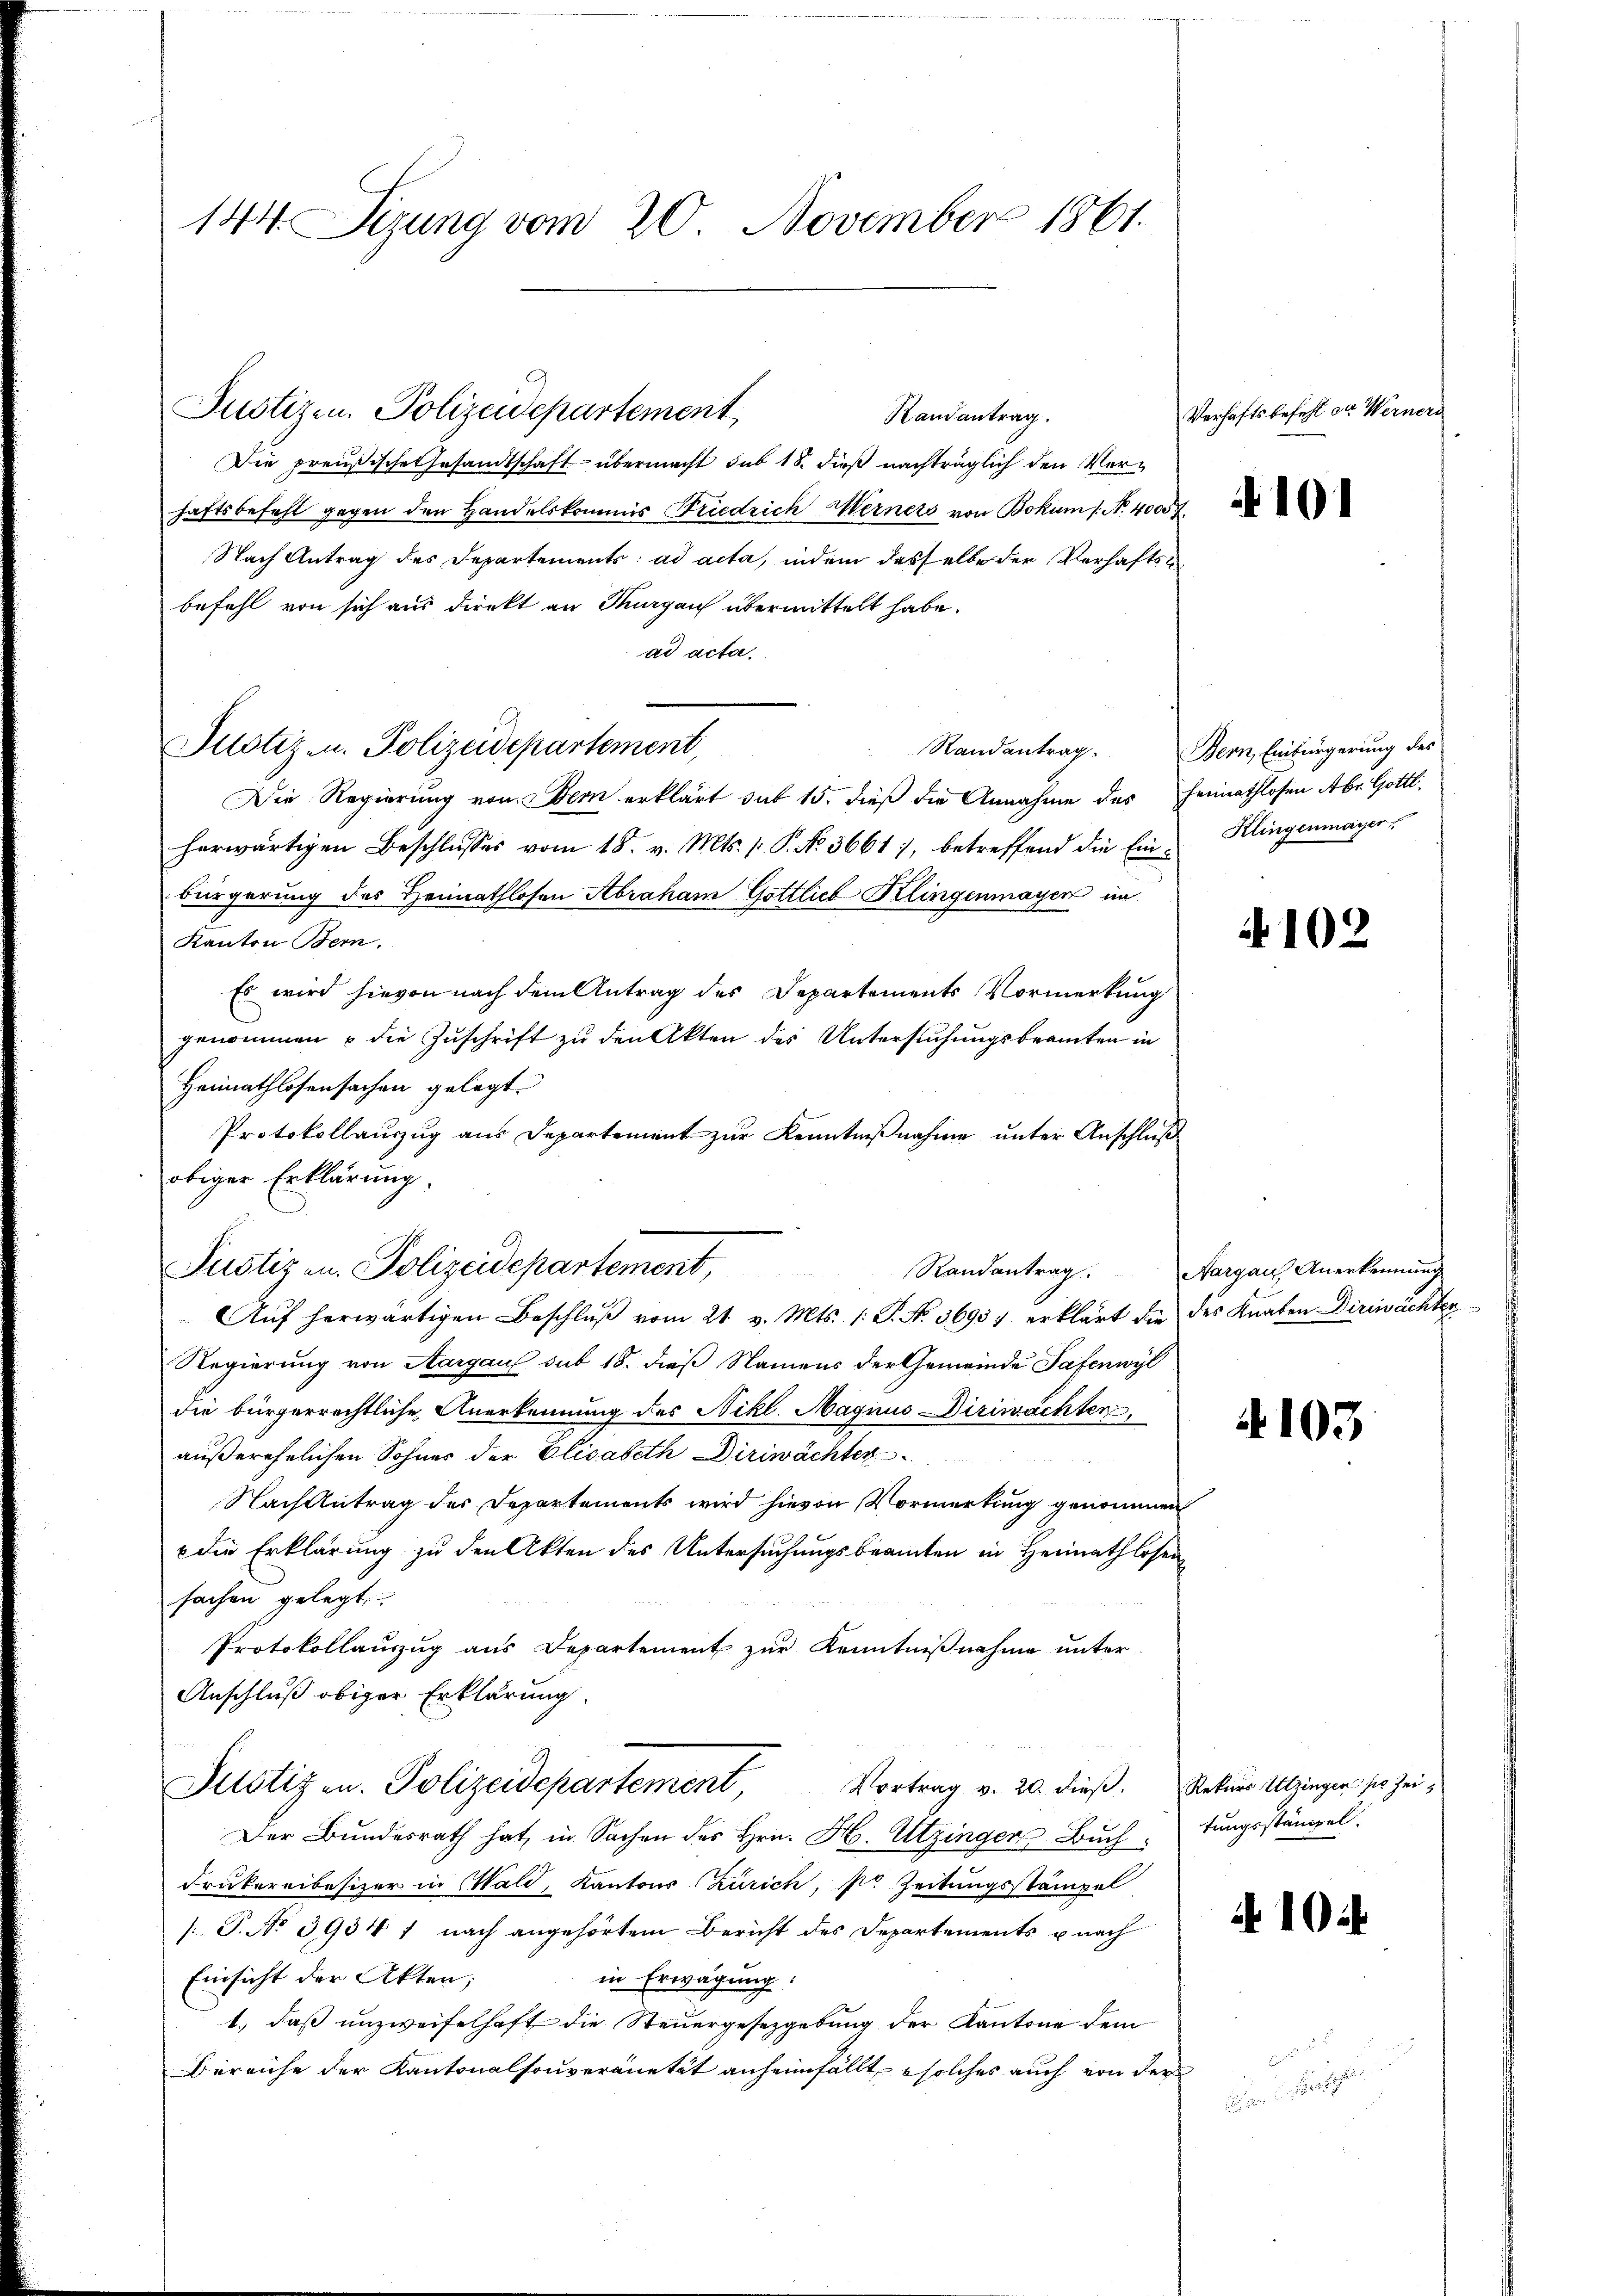
144. Setzung vom 20. November 1861.

Randantrag.
Die preußische Gesandtschaft übermacht sub 18. dieß nachträglich den Verhaftsbefehl gegen den Handelskommis Friedrich Werners von Bokum 1. No. 4000.
Nach Antrag des Departements: ad acta, indem dasselbe der Verhaftsbefehl von sich aus direkt an Thurgau übermittelt habe.
ad acta.
Justiz- u. Polizeidepartement,
Die Regierung von Bern erklärt sub 15. dieß die Annahme des Heimathlosen Abr. Gottl.
herwärtigen Beschlŭsses vom 18. v. Mts. /: P. No. 56617, betreffend die Ein- Klingenmayer
bürgerung des Heimathlosen Abraham Gottlieb Klingenmayer im
Kanton Bern.
Es wird hievon nach dem Antrag des Departements Vormerkung
genommen u die Zuschrift zu den Akten des Untersuchungsbeamten in
Heimathlosensachen gelegt.
Protokollauszug aus Departement zur Kenntnißnahme unter Anschluß
obiger Erklärung.
Randantrag. Aargau, Anerkennung
Aŭf herwärtigen Beschlŭβ vom 21. v. Mts. 1. P. No. 36957 erklärt die des Knaben Diriwächten
Regierung von Aargau sub 15. dieß Namens der Gemeinde Safenwyl
die bürgerrechtliche Anerkennung des Nikl. Magnus Diriwächten,
außerehelichen Sohner der Elisabeth Diriwächter
Nach Antrag der Departements wird hievon Vormerkung genommen
 die Erklärung zu den Akten des Untersuchungsbeamten in Heimathlosen
sachen gelegt
Protokollaŭszŭg aŭs Departement zŭr Kenntniβnahme unter
Anschluß obiger Erklärung.
Justiz u. Polizeidepartement, Vortrag v. 20. dieß. Peter Utzingen, ses zei¬
Der Bundesrath hat, in Sachen des Hrn. H. Utzinger Buchtungsstämpel.
Drukereibesizer in Wald, Kantons Zürich, sr Zeitungsstämpel
/: P. No 3934 1 nach angehörtem Bericht des Departements u nach
Einsicht der Akten;
in Erwägung:
1., daß unzweifelhaft die Steuergesetzgebung der Kantone dem
Bereiche der Kantonalsouveranetät anheimfällt solches auch von der

Justizen. Polizeidepartement,

Pustiz an. Polizeidepartement,

Verhaftsbefehl der Werners

Randantrag. Bern, Einbürgerung des

101

4102

4105

A 10